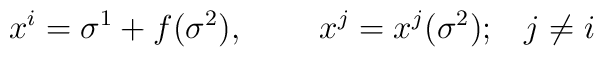
x^{i}=\sigma^1+f(\sigma^2),\;\;\;\;\;\;\;\;x^{j}=x^{j}(\sigma^2);\;\;\;j\neq i